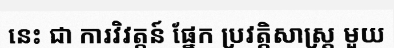
នេះ ជា ការវិវត្តន៍ ផ្នែក ប្រវត្តិសាស្ត្រ មួយ